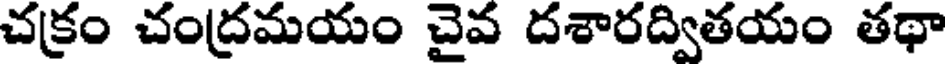
చక్రం చంద్రమయం చైవ దశారద్వితయం తథా